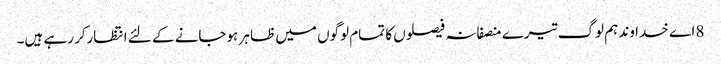
8 اے خدا وند ہم لوگ تیرے منصفانہ فیصلوں کا تمام لوگوں میں ظا ہر ہوجانے کے لئے انتظارکر رہے ہیں۔